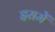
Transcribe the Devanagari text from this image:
इसमेें